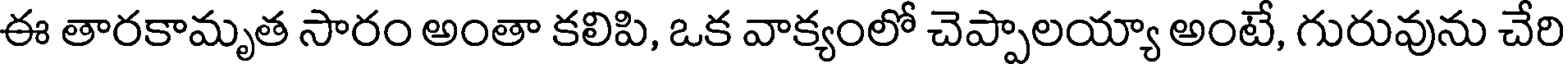
ఈ తారకామృత సారం అంతా కలిపి, ఒక వాక్యంలో చెప్పాలయ్యా అంటే, గురువును చేరి